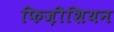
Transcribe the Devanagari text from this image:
फिज़ीशियन